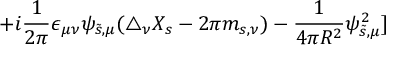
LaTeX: + i { \frac { 1 } { 2 \pi } } \epsilon _ { \mu \nu } \psi _ { \tilde { s } , \mu } ( \triangle _ { \nu } X _ { s } - 2 \pi m _ { s , \nu } ) - { \frac { 1 } { 4 \pi R ^ { 2 } } } \psi _ { \tilde { s } , \mu } ^ { 2 } ]